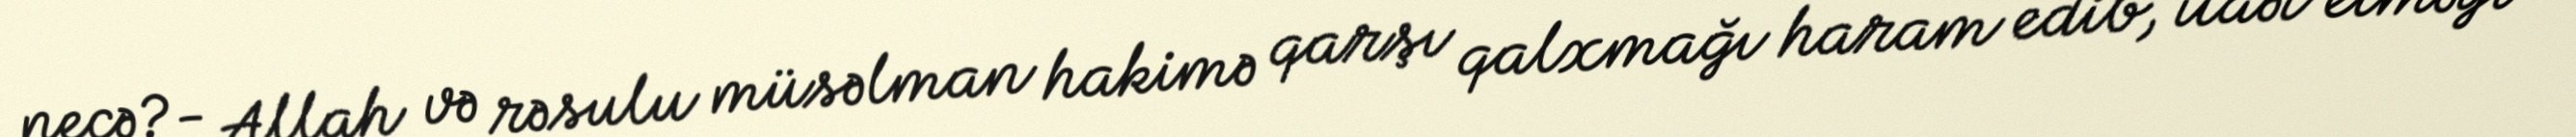
necə?- Allah və rəsulu müsəlman hakimə qarşı qalxmağı haram edib, itaət etməyi